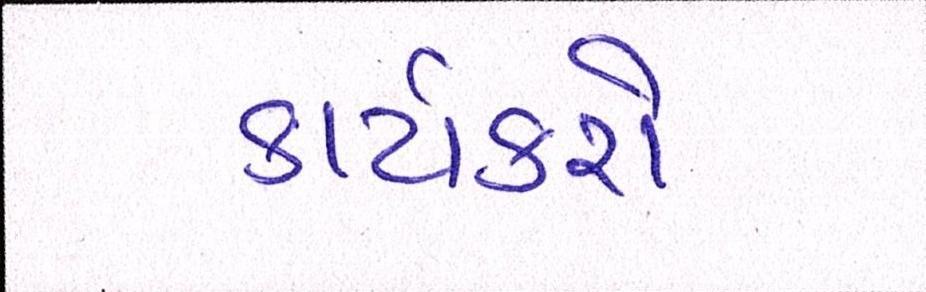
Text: કાર્યકરો